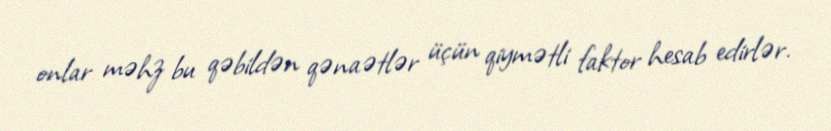
onlar məhz bu qəbildən qənaətlər üçün qiymətli faktor hesab edirlər.